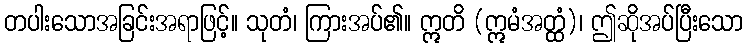
တပါးသောအခြင်းအရာဖြင့်။ သုတံ၊ ကြားအပ်၏။ ဣတိ (ဣမံအတ္ထံ)၊ ဤဆိုအပ်ပြီးသော